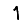
Digit: 1